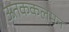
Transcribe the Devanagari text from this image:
ऊतककलमन